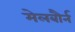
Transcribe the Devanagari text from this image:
मेलबौर्न